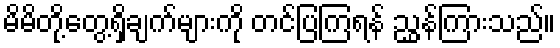
မိမိတို့တွေ့ရှိချက်များကို တင်ပြကြရန် ညွှန်ကြားသည်။